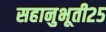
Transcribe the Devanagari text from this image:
सहानुभूती२५